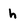
Character: h